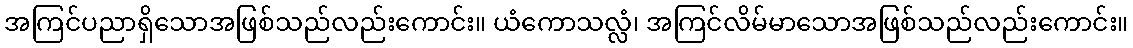
အကြင်ပညာရှိသောအဖြစ်သည်လည်းကောင်း။ ယံကောသလ္လံ၊ အကြင်လိမ်မာသောအဖြစ်သည်လည်းကောင်း။